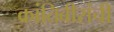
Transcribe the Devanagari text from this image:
क्रांतिवीरांची